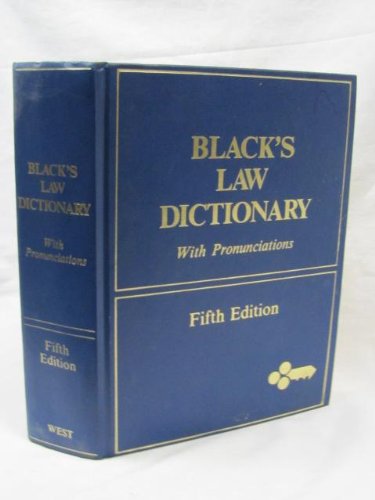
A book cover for Black's Law Dictionary with Pronunciations (5th edition); MA Henry Campbell Black; Law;